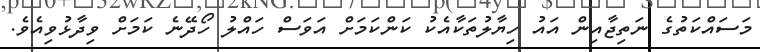
މަސައްކަތުގެ ނަތިޖާއިން އައު ހިޔާލުތަކާއެކު ކަންކަމަށް އަވަސް ހައްލު ހޯދޭނެ ކަމަށް ވިދާޅުވިއެވެ.